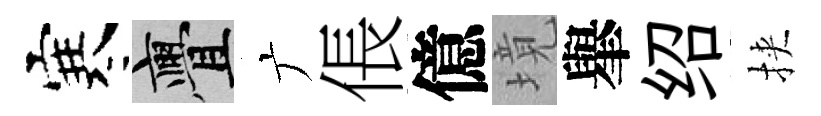
寒亹广倀億境𦦙绍挾